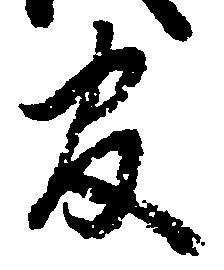
官